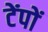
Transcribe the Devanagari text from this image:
टेंपों